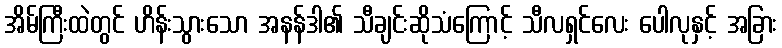
အိမ်ကြီးထဲတွင် ဟိန်းသွားသော အနန်ဒါ၏ သီချင်းဆိုသံကြောင့် သီလရှင်လေး ပေါလုနှင့် အခြား